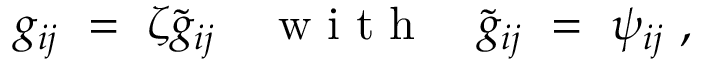
g _ { i j } \ = \ \zeta \tilde { g } _ { i j } { ~ ~ ~ \mathrm { ~ w ~ i ~ t ~ h ~ } ~ ~ ~ } \tilde { g } _ { i j } \ = \ \psi _ { i j } ~ ,